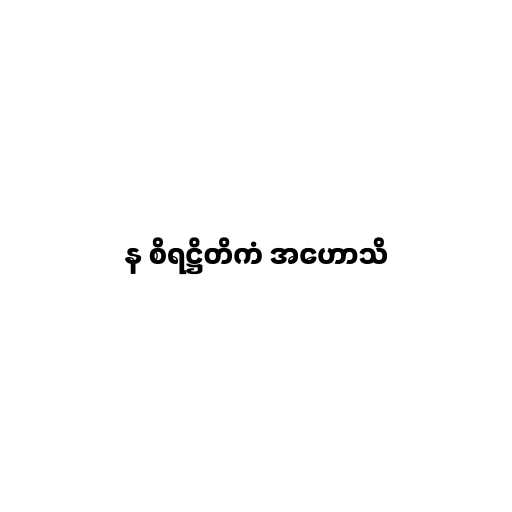
န စိရဋ္ဌိတိကံ အဟောသိ